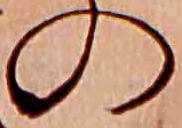
の